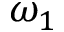
\omega _ { 1 }